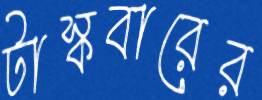
টাস্কবারের